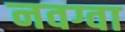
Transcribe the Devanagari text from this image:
नवग्वा